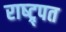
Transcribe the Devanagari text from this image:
राष्ट्र्पत